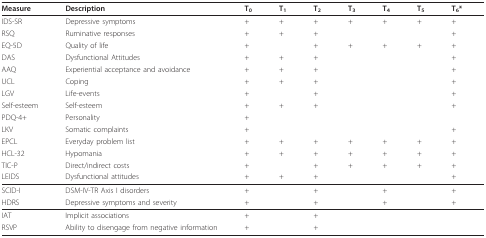
<table><thead><tr><td><b>Measure</b></td><td><b>Description</b></td><td><b>T<sub>0</sub></b></td><td><b>T<sub>1</sub></b></td><td><b>T<sub>2</sub></b></td><td><b>T<sub>3</sub></b></td><td><b>T<sub>4</sub></b></td><td><b>T<sub>5</sub></b></td><td><b>T<sub>6</sub>*</b></td></tr></thead><tbody><tr><td>IDS-SR</td><td>Depressive symptoms</td><td>+</td><td>+</td><td>+</td><td>+</td><td>+</td><td>+</td><td>+</td></tr><tr><td>RSQ</td><td>Ruminative responses</td><td>+</td><td>+</td><td>+</td><td></td><td></td><td></td><td>+</td></tr><tr><td>EQ-5D</td><td>Quality of life</td><td>+</td><td></td><td>+</td><td>+</td><td>+</td><td>+</td><td>+</td></tr><tr><td>DAS</td><td>Dysfunctional Attitudes</td><td>+</td><td>+</td><td>+</td><td></td><td></td><td></td><td>+</td></tr><tr><td>AAQ</td><td>Experiential acceptance and avoidance</td><td>+</td><td>+</td><td>+</td><td></td><td></td><td></td><td>+</td></tr><tr><td>UCL</td><td>Coping</td><td>+</td><td>+</td><td>+</td><td></td><td></td><td></td><td>+</td></tr><tr><td>LGV</td><td>Life-events</td><td>+</td><td></td><td>+</td><td></td><td></td><td></td><td>+</td></tr><tr><td>Self-esteem</td><td>Self-esteem</td><td>+</td><td>+</td><td>+</td><td></td><td></td><td></td><td>+</td></tr><tr><td>PDQ-4+</td><td>Personality</td><td>+</td><td></td><td></td><td></td><td></td><td></td><td></td></tr><tr><td>LKV</td><td>Somatic complaints</td><td>+</td><td></td><td></td><td></td><td></td><td></td><td>+</td></tr><tr><td>EPCL</td><td>Everyday problem list</td><td>+</td><td>+</td><td>+</td><td>+</td><td>+</td><td>+</td><td>+</td></tr><tr><td>HCL-32</td><td>Hypomania</td><td>+</td><td>+</td><td>+</td><td>+</td><td>+</td><td>+</td><td>+</td></tr><tr><td>TIC-P</td><td>Direct/indirect costs</td><td>+</td><td></td><td>+</td><td>+</td><td>+</td><td>+</td><td>+</td></tr><tr><td>LEIDS</td><td>Dysfunctional attitudes</td><td>+</td><td>+</td><td>+</td><td></td><td></td><td></td><td>+</td></tr><tr><td>SCID-I</td><td>DSM-IV-TR Axis I disorders</td><td>+</td><td></td><td>+</td><td></td><td>+</td><td></td><td>+</td></tr><tr><td>HDRS</td><td>Depressive symptoms and severity</td><td>+</td><td></td><td>+</td><td></td><td>+</td><td></td><td>+</td></tr><tr><td>IAT</td><td>Implicit associations</td><td>+</td><td></td><td>+</td><td></td><td></td><td></td><td></td></tr><tr><td>RSVP</td><td>Ability to disengage from negative information</td><td>+</td><td></td><td>+</td><td></td><td></td><td></td><td></td></tr></tbody></table>